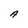
Character: A